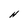
Character: H